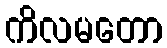
ကိလမတော